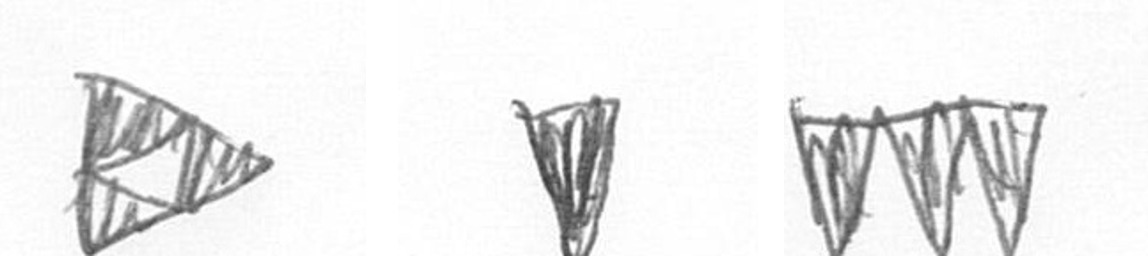
K J L